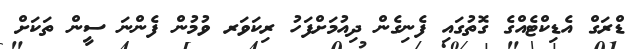
ޑްރަގް އެޑިކްޓެއްގެ ގޮތުގައި ފެނިގެން ދިއުމަށްފަހު ރިކަވަރ ވުމުން ފެންނަ ސީން ތަކަށް